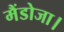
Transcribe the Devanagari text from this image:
मैंडोजा।